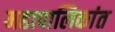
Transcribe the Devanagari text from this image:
महापालिकांत